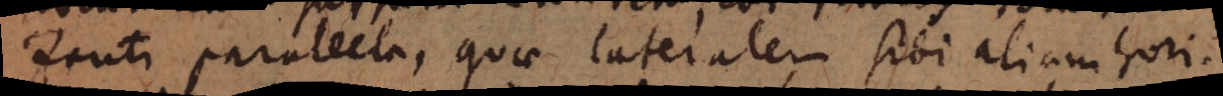
zonti parallela, quae lateralem sibi aliam hori-